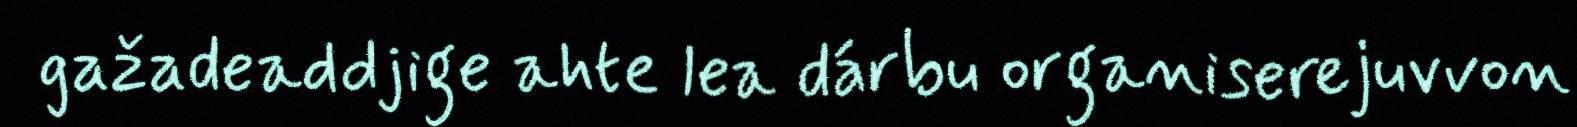
gažadeaddjige ahte lea dárbu organiserejuvvon